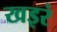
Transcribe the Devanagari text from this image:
खइरं